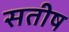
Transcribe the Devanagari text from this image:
सतीष